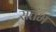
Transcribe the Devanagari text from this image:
सतंभ